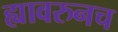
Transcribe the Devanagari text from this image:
ह्यावरुनच